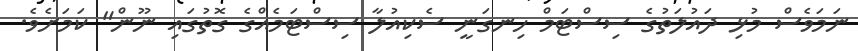
ނަމަވެސް މުޅި ދައުލަތުގެ ސިސްޓަމް ހިނގަނީ ސެކިއުލާ ސިސްޓަމެއްގެ ގޮތުގައި ނޫން" ކަމަށެވެ.